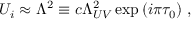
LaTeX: U _ { i } \approx \Lambda ^ { 2 } \equiv c \Lambda _ { U V } ^ { 2 } \exp { ( i \pi \tau _ { 0 } ) } \ ,